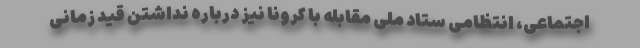
اجتماعی، انتظامی ستاد ملی مقابله با کرونا نیز درباره نداشتن قید زمانی